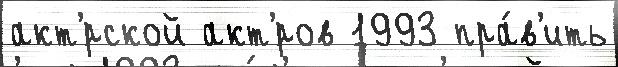
акт'́рской акт'́ров 1993 пра́в'ить